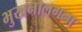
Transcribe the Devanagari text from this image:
भुखनालगना